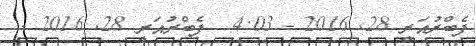
ފެބްރުއަރީ 28